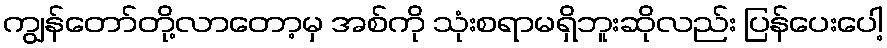
ကျွန်တော်တို့လာတော့မှ အစ်ကို သုံးစရာမရှိဘူးဆိုလည်း ပြန်ပေးပေါ့